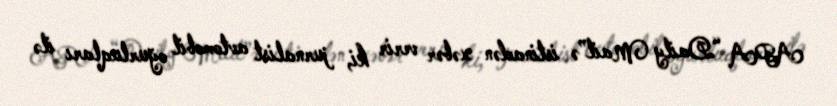
APA “Daily Mail”ə istinadən xəbər verir ki, jurnalist avtomobil oğurluqları ilə